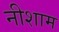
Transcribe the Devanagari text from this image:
नीशाम